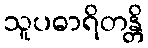
သူပဓာရိတန္တိ